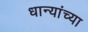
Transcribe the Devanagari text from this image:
धान्यांच्या